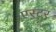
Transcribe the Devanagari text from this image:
एस्‍टर